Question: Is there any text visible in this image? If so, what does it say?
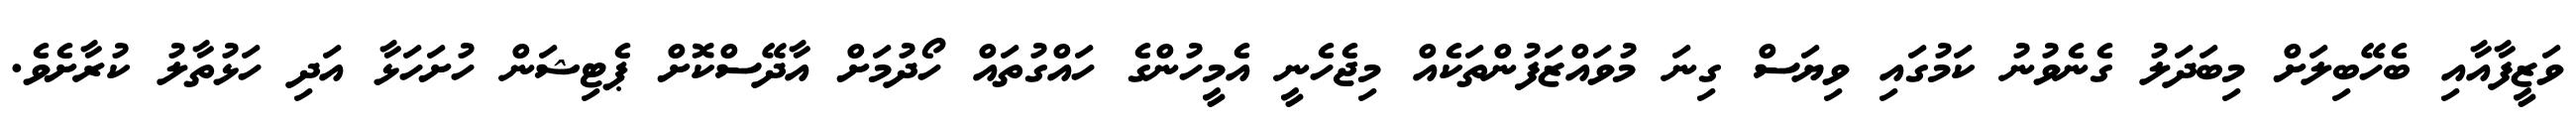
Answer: ވަޒީފާއާއި ބެހޭބިލަށް މިބަދަލު ގެނެވުނު ކަމުގައި ވިޔަސް ގިނަ މުވައްޒަފުންތަކެއް މިޖެހެނީ އެމީހުންގެ ހައްގުތައް ހޯދުމަށް އާދޭސްކޮށް ޕެޓިޝަން ހުށަހަޅާ އަދި ހަޅުތާލު ކުރާށެވެ.